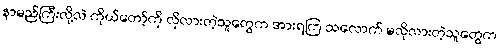
နာမည်ကြီးလို့လဲ ကိုယ်တော့်ကို လိုလားတဲ့သူတွေက အားရကြ သလောက် မလိုလားတဲ့သူတွေက